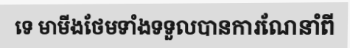
ទេ មាមីងថែមទាំងទទួលបានការណែនាំពី